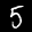
Label: 5